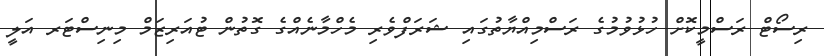
ރިސޯޓް ރަސްމީކޮށް ހުޅުވުމުގެ ރަސްމިއްޔާތުގައި ޝަރަފްވެރި މެހްމާނެއްގެ ގޮތުން ޓުއަރިޒަމް މިނިސްޓަރ އަލީ